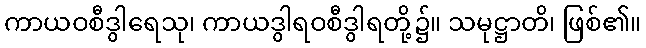
ကာယဝစီဒွါရေသု၊ ကာယဒွါရဝစီဒွါရတို့၌။ သမုဋ္ဌာတိ၊ ဖြစ်၏။